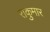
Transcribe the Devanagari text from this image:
राकुमार